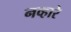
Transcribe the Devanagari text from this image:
नव्हारे